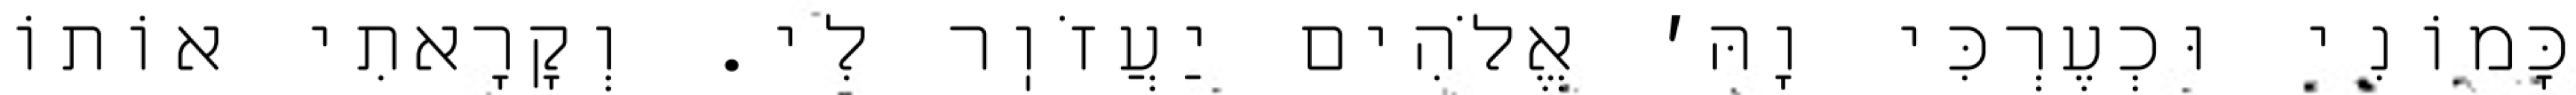
כָּמוֹנִי וּכְעֶרְכִּי וָהּ׳ אֱלֹהִים יַעֲזֹוֽר לִי. וְקָרָאתִי אוֹתוֹ